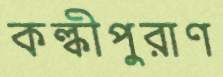
কল্কীপুরাণ